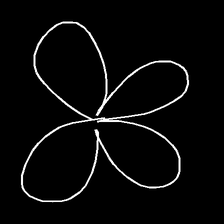
Glyph: billowing